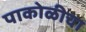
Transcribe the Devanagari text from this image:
पाकोळीचा